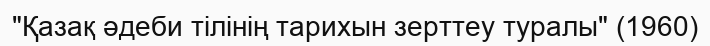
"Қазақ әдеби тілінің тарихын зерттеу туралы" (1960)